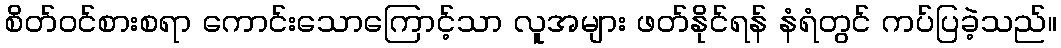
စိတ်ဝင်စားစရာ ကောင်းသောကြောင့်သာ လူအများ ဖတ်နိုင်ရန် နံရံတွင် ကပ်ပြခဲ့သည်။